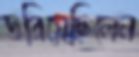
ডরিয়েছিলেন